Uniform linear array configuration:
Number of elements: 16
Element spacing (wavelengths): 1
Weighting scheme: blackman
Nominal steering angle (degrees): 0
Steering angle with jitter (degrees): -0.01358
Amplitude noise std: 0.05
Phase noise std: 0.05

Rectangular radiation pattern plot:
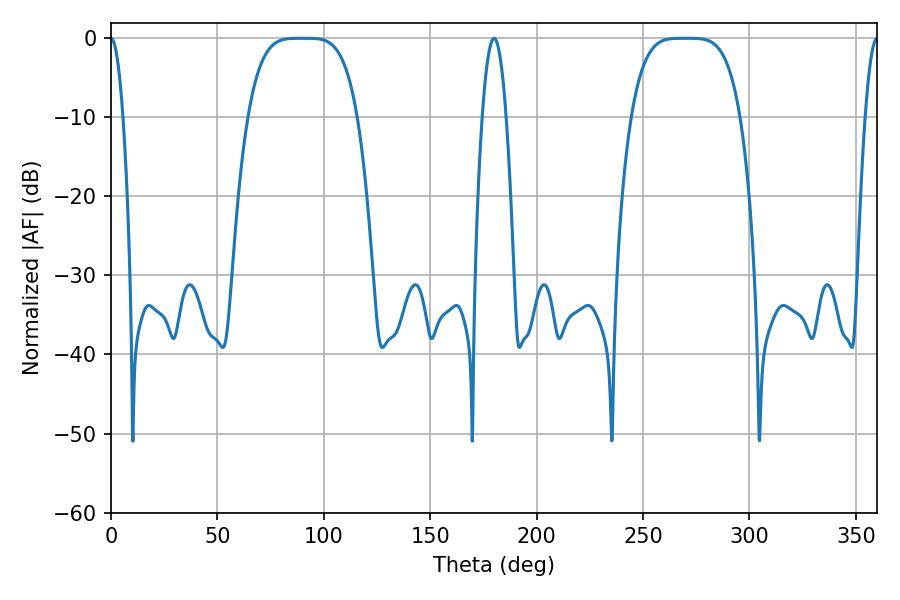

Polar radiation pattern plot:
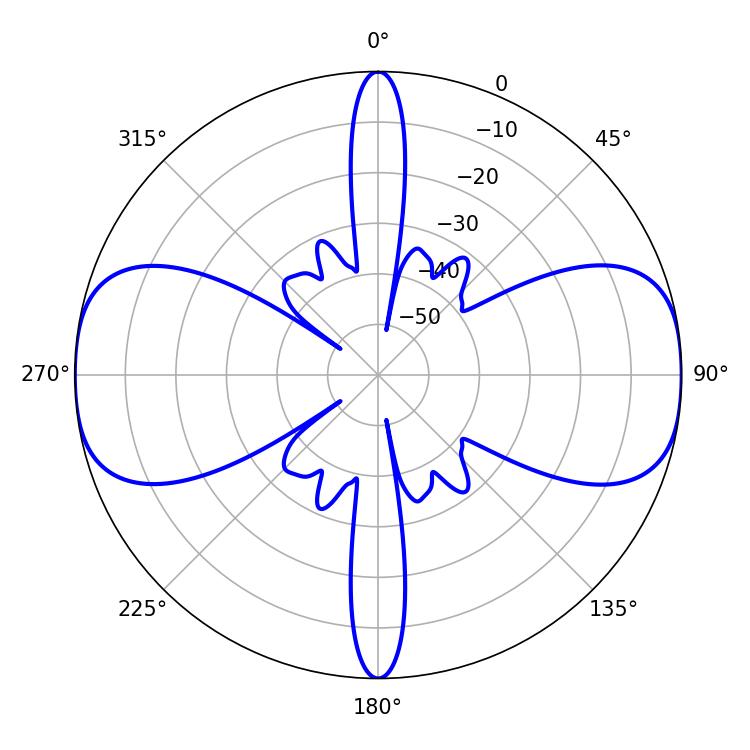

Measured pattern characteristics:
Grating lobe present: TRUE
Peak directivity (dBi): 31.841
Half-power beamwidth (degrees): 38.16
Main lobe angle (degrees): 269.46